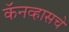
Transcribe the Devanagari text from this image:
कॅनव्हासचे